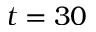
t = 3 0